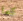
كما